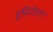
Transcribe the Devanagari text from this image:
इमितेशन